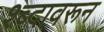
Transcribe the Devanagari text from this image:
श्ब्दावरून